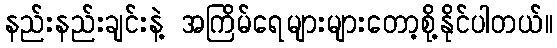
နည်းနည်းချင်းနဲ့ အကြိမ်ရေများများတော့စို့နိုင်ပါတယ်။